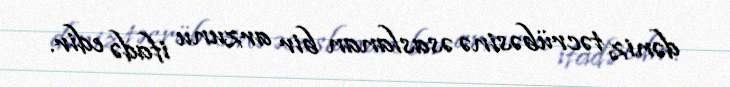
dəniz təcrübəsinə əsaslanan bir arzunu ifadə edir.